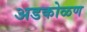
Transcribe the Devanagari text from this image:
अडकोळण